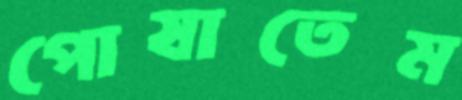
পোষাতেম